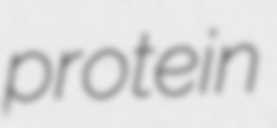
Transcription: protein